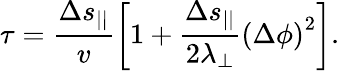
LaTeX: \tau=\frac{\Delta s_{||}}{v}\left[1+\frac{\Delta s_{||}}{2\lambda_{\perp}}\left(\Delta\phi\right)^{2}\right].